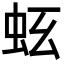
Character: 𧉛